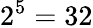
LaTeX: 2^{5}=32